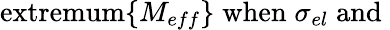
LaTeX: \mathrm{extremum}\{ M_{eff}\} \; \mathrm{when}\; \sigma_{el}\; \mathrm{and}\;